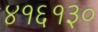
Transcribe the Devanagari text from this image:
४१६१३०